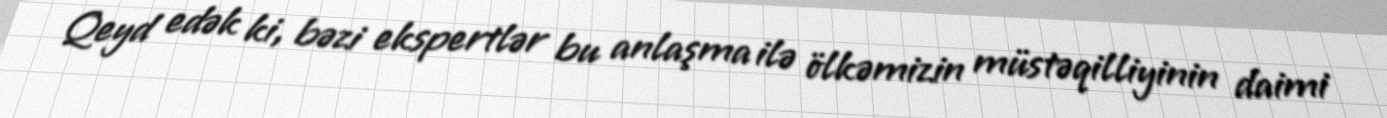
Qeyd edək ki, bəzi ekspertlər bu anlaşma ilə ölkəmizin müstəqilliyinin daimi